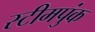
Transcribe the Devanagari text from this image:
स्टीमपुंक